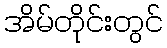
အိမ်တိုင်းတွင်